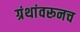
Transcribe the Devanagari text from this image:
ग्रंथांवरूनच